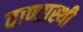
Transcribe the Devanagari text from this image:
वाणप्रस्थी